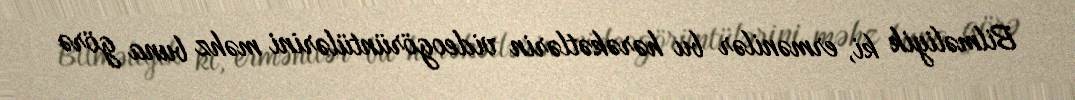
Bilməliyik ki, ermənilər bu hərəkətlərin videogörüntülərini məhz buna görə